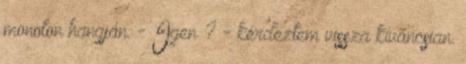
monoton hangján. - Igen ? - kérdeztem vissza kíváncsian.